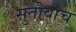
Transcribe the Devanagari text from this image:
सुतोवाच